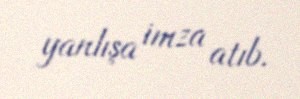
yanlışa imza atıb.